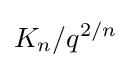
K_{n}/q^{2/n}